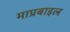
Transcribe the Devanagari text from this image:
माप्रबाइल